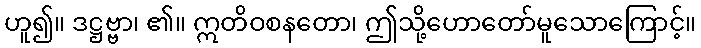
ဟူ၍။ ဒဋ္ဌဗ္ဗာ၊ ၏။ ဣတိဝစနတော၊ ဤသို့ဟောတော်မူသောကြောင့်။